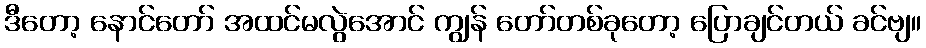
ဒီတော့ နောင်တော် အထင်မလွဲအောင် ကျွန် တော်တစ်ခုတော့ ပြောချင်တယ် ခင်ဗျ။